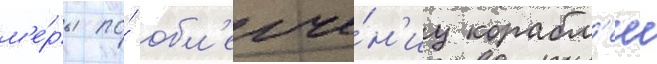
м'е́ры по́ обл'егче́н'иу корабл'еи